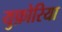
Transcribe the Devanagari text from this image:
युफ़ोरिया